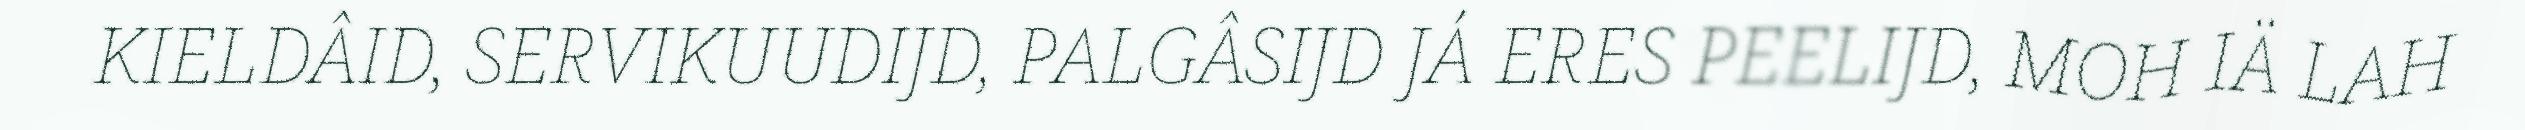
KIELDÂID, SERVIKUUDIJD, PALGÂSIJD JÁ ERES PEELIJD, MOH IÄ LAH